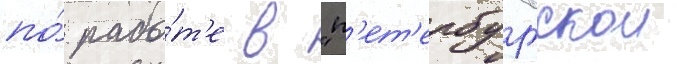
по́ рабо́т'е в "п'ет'ербургскои